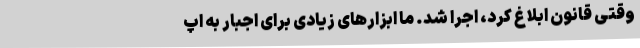
وقتی قانون ابلاغ کرد، اجرا شد. ما ابزارهای زیادی برای اجبار به اپ